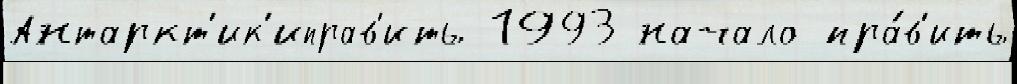
Антаркт'ик'иправ'ить 1993 начало пра́в'ить